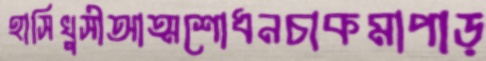
হাসিখুসীআত্মশোধনচাকমাপাড়